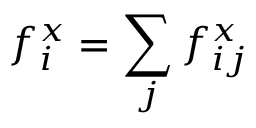
f _ { i } ^ { x } = \sum _ { j } f _ { i j } ^ { x }